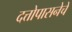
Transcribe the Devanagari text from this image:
दत्तोपासनेचें